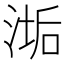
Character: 𬈉